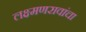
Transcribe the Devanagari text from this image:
लक्ष्मणरावांचा